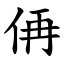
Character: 侢